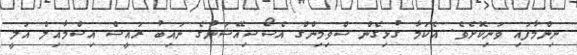
ނިންމާފައި ވަނިކޮށެވެ. އެކަމާ ގުޅިގެން ސްވިމިންގް އެސޯސިއޭޝަނުގެ ނައިބު ރައީސް އިސްމާއިލް އަލީ